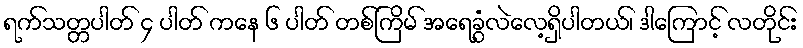
ရက်သတ္တပါတ် ၄ ပါတ် ကနေ ၆ ပါတ် တစ်ကြိမ် အရေခွံလဲလေ့ရှိပါတယ်၊ ဒါကြောင့် လတိုင်း